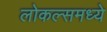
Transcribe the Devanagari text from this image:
लोकल्समध्ये